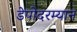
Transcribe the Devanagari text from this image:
डेपोदरम्यान